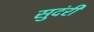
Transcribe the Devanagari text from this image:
सुदंरी